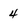
Character: 4